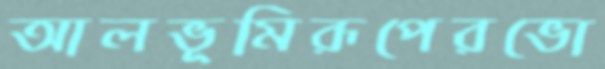
আলভূমিরূপেরভো